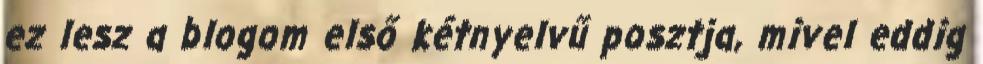
ez lesz a blogom első kétnyelvű posztja, mivel eddig